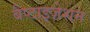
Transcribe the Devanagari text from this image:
बैप्टाइज़ेशन